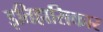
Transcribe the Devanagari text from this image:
इतिहासिकार